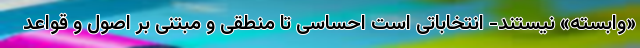
«وابسته» نیستند- انتخاباتی است احساسی تا منطقی و مبتنی بر اصول و قواعد